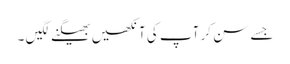
جسے سن کر آپ کی آنکھیں بھیگنے لگیں ۔